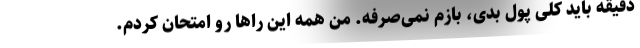
دقیقه باید کلی پول بدی، بازم نمی‌صرفه. من همه این راها رو امتحان کردم.